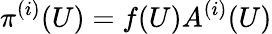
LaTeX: \pi^{(i)}(U)=f(U)A^{(i)}(U)